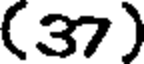
(37)